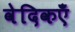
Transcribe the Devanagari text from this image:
वेदिकएँ